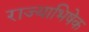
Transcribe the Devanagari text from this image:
राज्‍याभिषेक